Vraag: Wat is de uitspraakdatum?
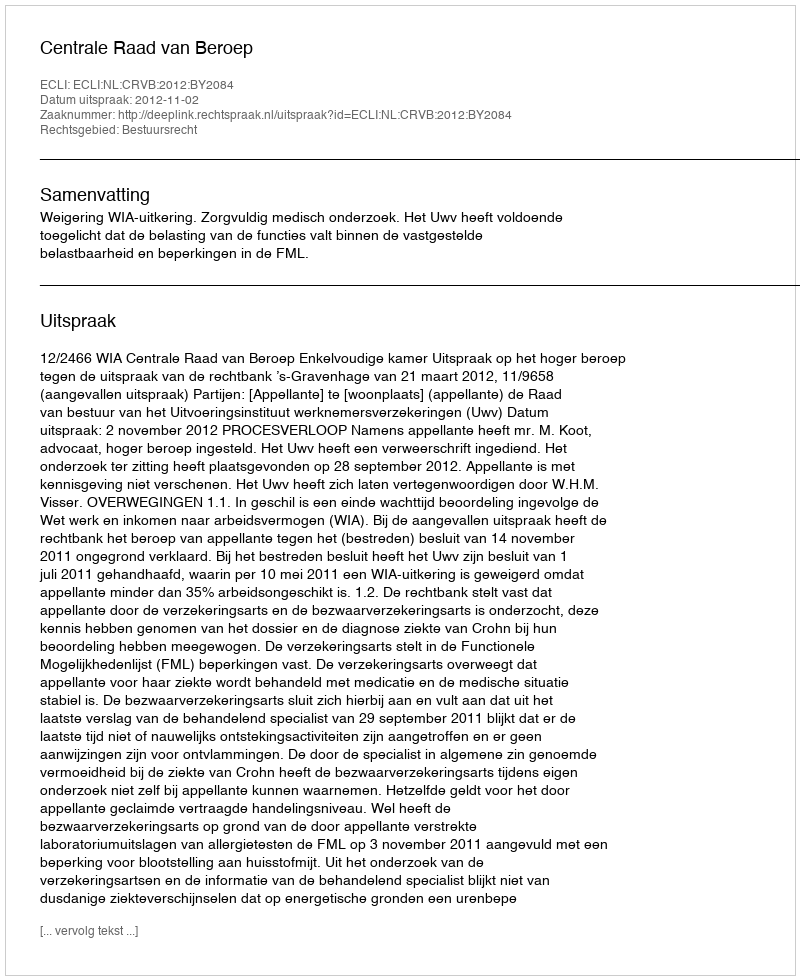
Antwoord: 2012-11-02